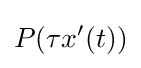
P(\tau x'(t))